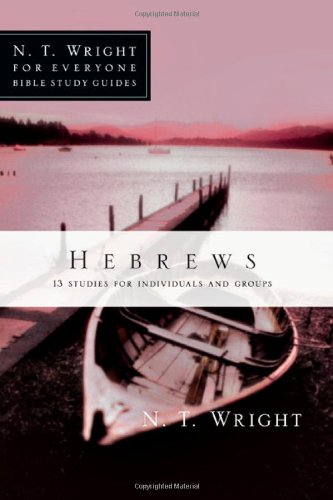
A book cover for Hebrews (N.T. Wright for Everyone Bible Study Guides); N. T. Wright; Christian Books & Bibles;